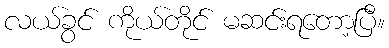
လယ်ခွင် ကိုယ်တိုင် မဆင်းရတော့ပြီ။